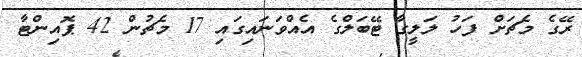
ރޭގެ މެޗަށް ފަހު ލަލީގާ ޓޭބަލްގެ އެއްވަނައިގައި 17 މެޗުން 42 ޕޮއިންޓާ